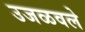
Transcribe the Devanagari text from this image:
उजळवले